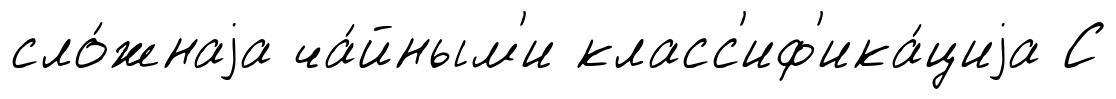
сло́жнаjа ча́йным'и класс'иф'ика́циjа С